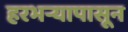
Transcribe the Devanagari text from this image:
हरभऱ्यापासून